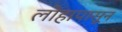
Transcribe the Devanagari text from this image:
लोहापासून